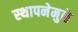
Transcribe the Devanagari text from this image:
स्थापनेमुळे